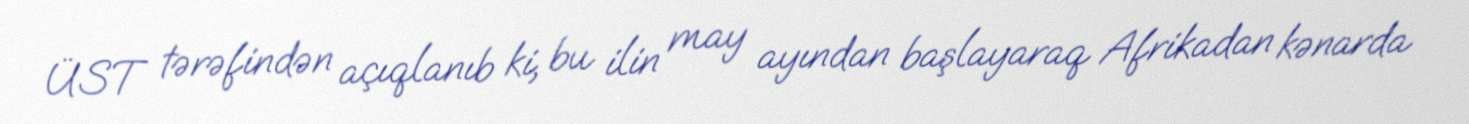
ÜST tərəfindən açıqlanıb ki, bu ilin may ayından başlayaraq Afrikadan kənarda